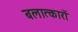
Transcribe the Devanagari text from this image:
बलात्कारों